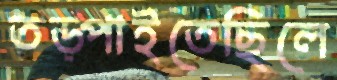
তড়্‌পাইতেছিলে